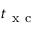
t _ { \mathrm { ~ x ~ c ~ } }